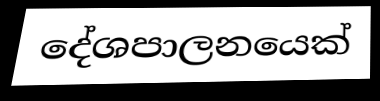
දේශපාලනයෙක්